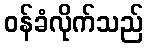
ဝန်ခံလိုက်သည်